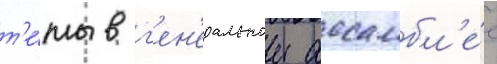
т'е́мы в г'ен'еральнои ассамбл'е́е